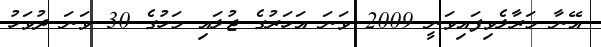
އޭނާ މަރާލެވިފައިވަނީ 2009 ވަނަ އަހަރުގެ ޖުލައި މަހުގެ 30 ވަނަ ދުވަހު